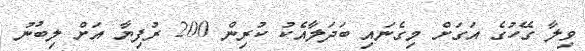
ވިލާ ގޭހުގެ އަގަށް މިގެނައި ބަދަލާއެކު ކުރިން 200 ރުފިޔާ އަށް ލިބުނު